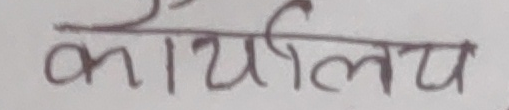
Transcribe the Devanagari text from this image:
कार्यालय